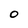
Character: O